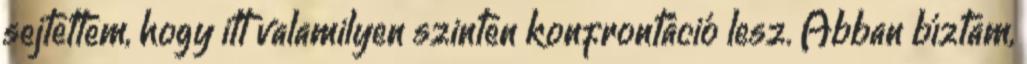
sejtettem, hogy itt valamilyen szinten konfrontáció lesz. Abban bíztam,